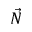
\vec { N }